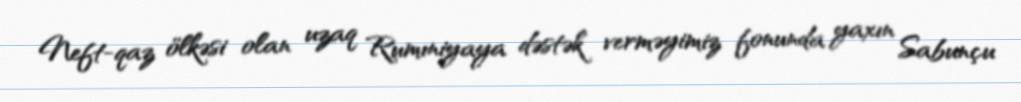
Neft-qaz ölkəsi olan uzaq Rumıniyaya dəstək verməyimiz fonunda yaxın Sabunçu